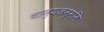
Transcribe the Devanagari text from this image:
चान्यजन्मनि